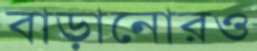
বাড়ানোরও